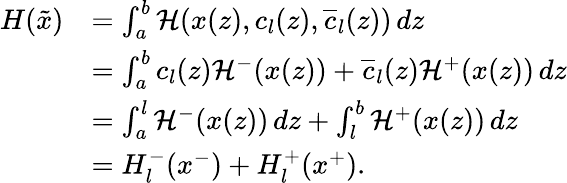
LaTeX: \begin{array}{rl}{H(\tilde{x})}&{=\int_{a}^{b}\mathcal{H}(x(z),c_{l}(z),\overline{{c}}_{l}(z))\, dz}\\ &{=\int_{a}^{b}c_{l}(z)\mathcal{H}^{-}(x(z))+\overline{{c}}_{l}(z)\mathcal{H}^{+}(x(z))\, dz}\\ &{=\int_{a}^{l}\mathcal{H}^{-}(x(z))\, dz+\int_{l}^{b}\mathcal{H}^{+}(x(z))\, dz}\\ &{=H_{l}^{-}(x^{-})+H_{l}^{+}(x^{+}).}\end{array}